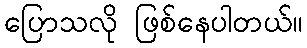
ပြောသလို ဖြစ်နေပါတယ်။